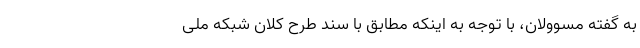
به گفته مسوولان، با توجه به اینکه مطابق با سند طرح کلان شبکه ملی